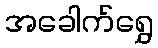
အခေါက်ရွှေ